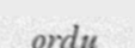
ordu